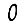
Digit: 0